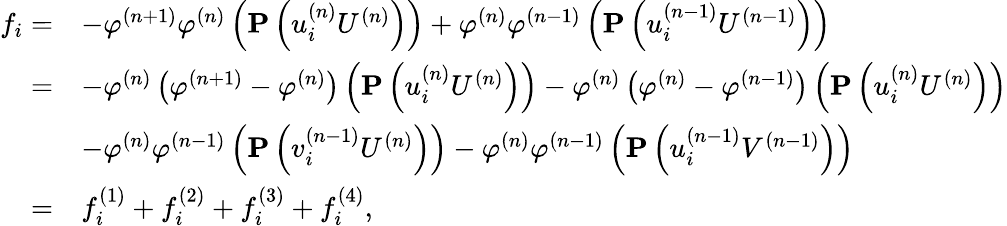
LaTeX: \begin{array}{rl}{f_{i}=}&{-\varphi^{(n+1)}\varphi^{(n)}\left(\mathbf{P}\left(u_{i}^{(n)}U^{(n)}\right)\right)+\varphi^{(n)}\varphi^{(n-1)}\left(\mathbf{P}\left(u_{i}^{(n-1)}U^{(n-1)}\right)\right)}\\ {=}&{-\varphi^{(n)}\left(\varphi^{(n+1)}-\varphi^{(n)}\right)\left(\mathbf{P}\left(u_{i}^{(n)}U^{(n)}\right)\right)-\varphi^{(n)}\left(\varphi^{(n)}-\varphi^{(n-1)}\right)\left(\mathbf{P}\left(u_{i}^{(n)}U^{(n)}\right)\right)}\\ &{-\varphi^{(n)}\varphi^{(n-1)}\left(\mathbf{P}\left(v_{i}^{(n-1)}U^{(n)}\right)\right)-\varphi^{(n)}\varphi^{(n-1)}\left(\mathbf{P}\left(u_{i}^{(n-1)}V^{(n-1)}\right)\right)}\\ {=}&{f_{i}^{(1)}+f_{i}^{(2)}+f_{i}^{(3)}+f_{i}^{(4)},}\end{array}